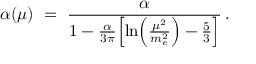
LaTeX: \alpha ( \mu ) \ = \ { \frac { \alpha } { 1 - { \frac { \alpha } { 3 \pi } } \Bigl [ \ln \Bigl ( { \frac { \mu ^ { 2 } } { m _ { e } ^ { 2 } } } \Bigr ) - { \frac { 5 } { 3 } } \Bigr ] } } \, .